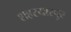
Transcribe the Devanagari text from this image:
शहरयारपुर